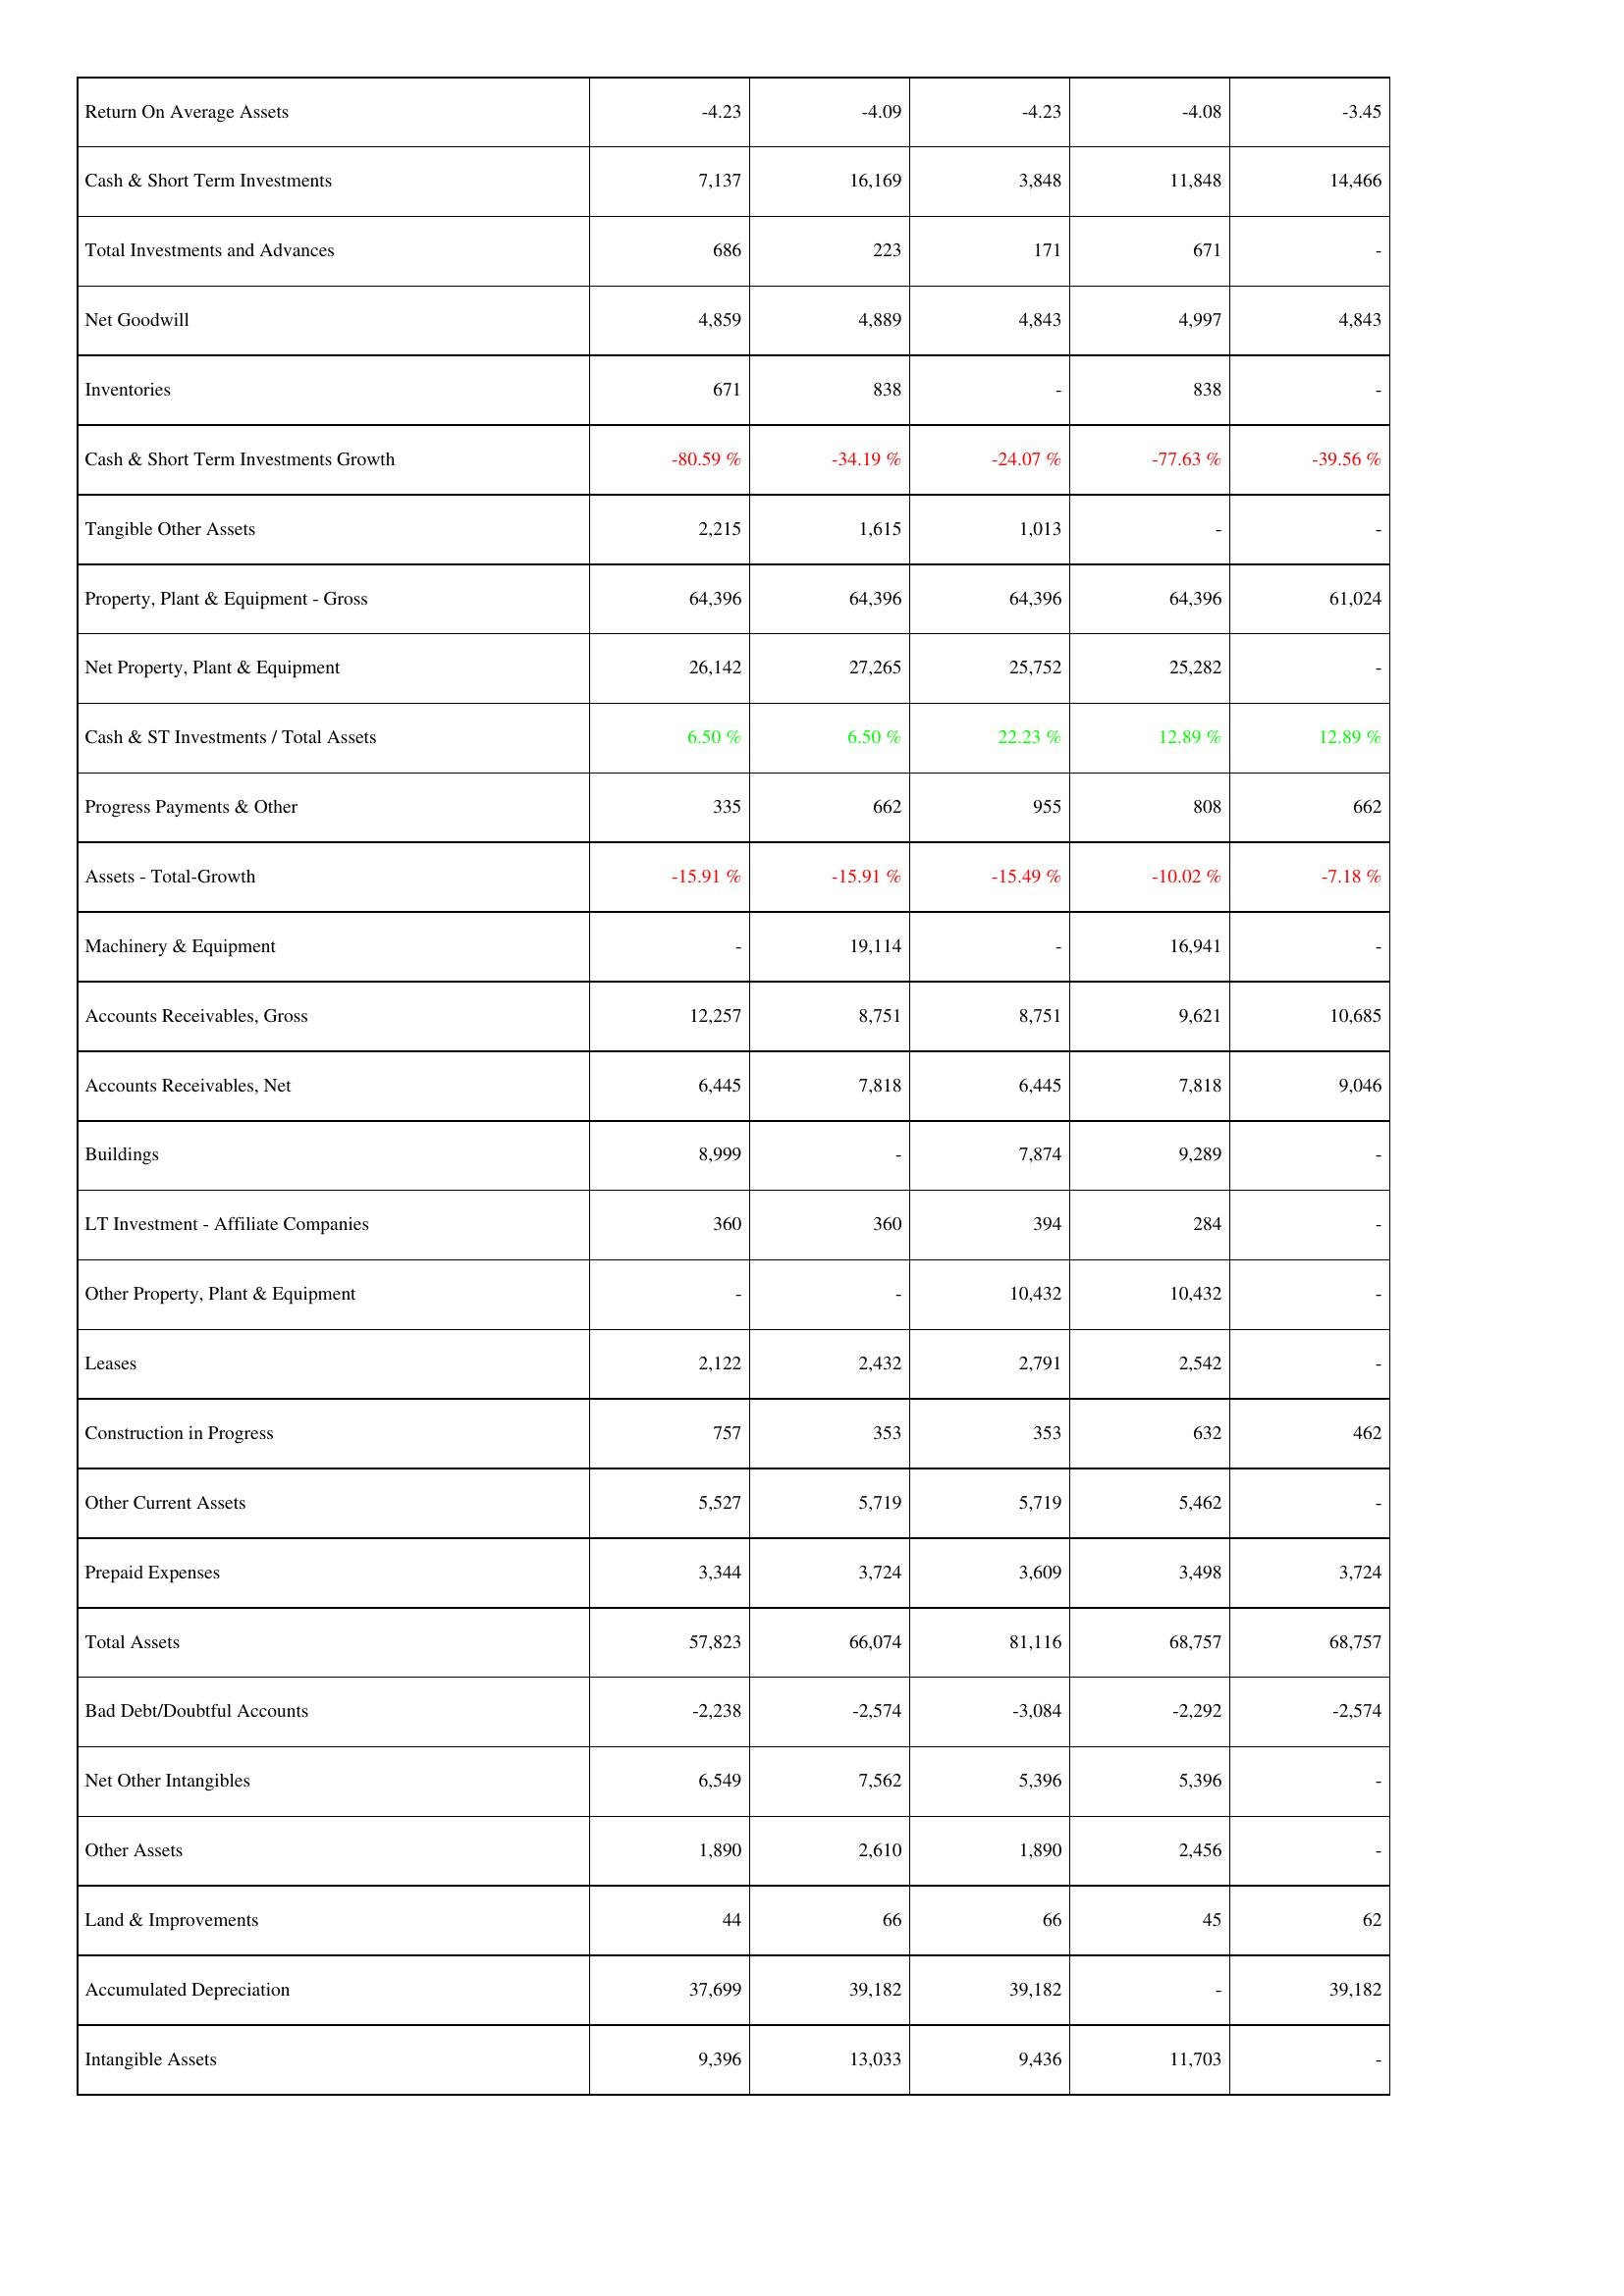
2010: Assets: Return On Average Assets: -4.23
Cash & Short Term Investments: 7,137
Total Investments and Advances: 686
Net Goodwill: 4,859
Inventories: 671
Cash & Short Term Investments Growth: -80.59 %
Tangible Other Assets: 2,215
Property, Plant & Equipment - Gross: 64,396
Net Property, Plant & Equipment: 26,142
Cash & ST Investments / Total Assets: 6.50 %
Progress Payments & Other: 335
Assets - Total-Growth: -15.91 %
Machinery & Equipment: -
Accounts Receivables, Gross: 12,257
Accounts Receivables, Net: 6,445
Buildings: 8,999
LT Investment - Affiliate Companies: 360
Other Property, Plant & Equipment: -
Leases: 2,122
Construction in Progress: 757
Other Current Assets: 5,527
Prepaid Expenses: 3,344
Total Assets: 57,823
Bad Debt/Doubtful Accounts: -2,238
Net Other Intangibles: 6,549
Other Assets: 1,890
Land & Improvements: 44
Accumulated Depreciation: 37,699
Intangible Assets: 9,396
2009: Assets: Return On Average Assets: -4.09
Cash & Short Term Investments: 16,169
Total Investments and Advances: 223
Net Goodwill: 4,889
Inventories: 838
Cash & Short Term Investments Growth: -34.19 %
Tangible Other Assets: 1,615
Property, Plant & Equipment - Gross: 64,396
Net Property, Plant & Equipment: 27,265
Cash & ST Investments / Total Assets: 6.50 %
Progress Payments & Other: 662
Assets - Total-Growth: -15.91 %
Machinery & Equipment: 19,114
Accounts Receivables, Gross: 8,751
Accounts Receivables, Net: 7,818
Buildings: -
LT Investment - Affiliate Companies: 360
Other Property, Plant & Equipment: -
Leases: 2,432
Construction in Progress: 353
Other Current Assets: 5,719
Prepaid Expenses: 3,724
Total Assets: 66,074
Bad Debt/Doubtful Accounts: -2,574
Net Other Intangibles: 7,562
Other Assets: 2,610
Land & Improvements: 66
Accumulated Depreciation: 39,182
Intangible Assets: 13,033
2008: Assets: Return On Average Assets: -4.23
Cash & Short Term Investments: 3,848
Total Investments and Advances: 171
Net Goodwill: 4,843
Inventories: -
Cash & Short Term Investments Growth: -24.07 %
Tangible Other Assets: 1,013
Property, Plant & Equipment - Gross: 64,396
Net Property, Plant & Equipment: 25,752
Cash & ST Investments / Total Assets: 22.23 %
Progress Payments & Other: 955
Assets - Total-Growth: -15.49 %
Machinery & Equipment: -
Accounts Receivables, Gross: 8,751
Accounts Receivables, Net: 6,445
Buildings: 7,874
LT Investment - Affiliate Companies: 394
Other Property, Plant & Equipment: 10,432
Leases: 2,791
Construction in Progress: 353
Other Current Assets: 5,719
Prepaid Expenses: 3,609
Total Assets: 81,116
Bad Debt/Doubtful Accounts: -3,084
Net Other Intangibles: 5,396
Other Assets: 1,890
Land & Improvements: 66
Accumulated Depreciation: 39,182
Intangible Assets: 9,436
2007: Assets: Return On Average Assets: -4.08
Cash & Short Term Investments: 11,848
Total Investments and Advances: 671
Net Goodwill: 4,997
Inventories: 838
Cash & Short Term Investments Growth: -77.63 %
Tangible Other Assets: -
Property, Plant & Equipment - Gross: 64,396
Net Property, Plant & Equipment: 25,282
Cash & ST Investments / Total Assets: 12.89 %
Progress Payments & Other: 808
Assets - Total-Growth: -10.02 %
Machinery & Equipment: 16,941
Accounts Receivables, Gross: 9,621
Accounts Receivables, Net: 7,818
Buildings: 9,289
LT Investment - Affiliate Companies: 284
Other Property, Plant & Equipment: 10,432
Leases: 2,542
Construction in Progress: 632
Other Current Assets: 5,462
Prepaid Expenses: 3,498
Total Assets: 68,757
Bad Debt/Doubtful Accounts: -2,292
Net Other Intangibles: 5,396
Other Assets: 2,456
Land & Improvements: 45
Accumulated Depreciation: -
Intangible Assets: 11,703
2006: Assets: Return On Average Assets: -3.45
Cash & Short Term Investments: 14,466
Total Investments and Advances: -
Net Goodwill: 4,843
Inventories: -
Cash & Short Term Investments Growth: -39.56 %
Tangible Other Assets: -
Property, Plant & Equipment - Gross: 61,024
Net Property, Plant & Equipment: -
Cash & ST Investments / Total Assets: 12.89 %
Progress Payments & Other: 662
Assets - Total-Growth: -7.18 %
Machinery & Equipment: -
Accounts Receivables, Gross: 10,685
Accounts Receivables, Net: 9,046
Buildings: -
LT Investment - Affiliate Companies: -
Other Property, Plant & Equipment: -
Leases: -
Construction in Progress: 462
Other Current Assets: -
Prepaid Expenses: 3,724
Total Assets: 68,757
Bad Debt/Doubtful Accounts: -2,574
Net Other Intangibles: -
Other Assets: -
Land & Improvements: 62
Accumulated Depreciation: 39,182
Intangible Assets: -